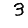
Digit: 3